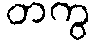
တကွ